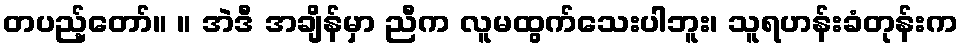
တပည့်တော်။ ။ အဲဒီ အချိန်မှာ ညီက လူမထွက်သေးပါဘူး၊ သူရဟန်းခံတုန်းက